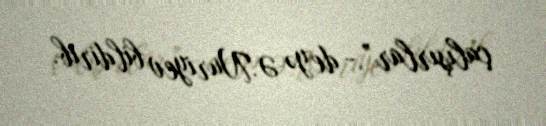
çalışırlar”,- deyə Ə.Nuriyev bildirib.